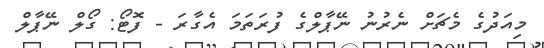
މިއަދުގެ މެޗަށް ނެރުނު ނޭޕާލްގެ ފުރަތަމަ އެގާރަ - ފޮޓޯ: ގޯލް ނޭޕާލް